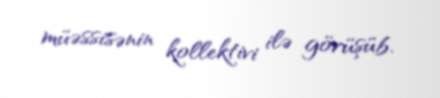
müəssisənin kollektivi ilə görüşüb.